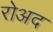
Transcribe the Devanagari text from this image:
रोअद